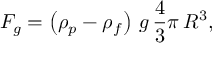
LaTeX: F _ { g } = \left( \rho _ { p } - \rho _ { f } \right) \, g \, { \frac { 4 } { 3 } } \pi \, R ^ { 3 } ,